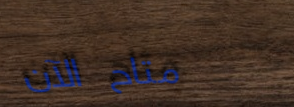
متاح الآن